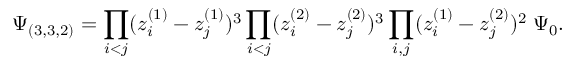
\Psi _ { ( 3 , 3 , 2 ) } = \prod _ { i < j } ( z _ { i } ^ { ( 1 ) } - z _ { j } ^ { ( 1 ) } ) ^ { 3 } \prod _ { i < j } ( z _ { i } ^ { ( 2 ) } - z _ { j } ^ { ( 2 ) } ) ^ { 3 } \prod _ { i , j } ( z _ { i } ^ { ( 1 ) } - z _ { j } ^ { ( 2 ) } ) ^ { 2 } \; \Psi _ { 0 } .